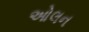
ઓલન